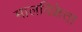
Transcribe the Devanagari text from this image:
मालविक्रेता